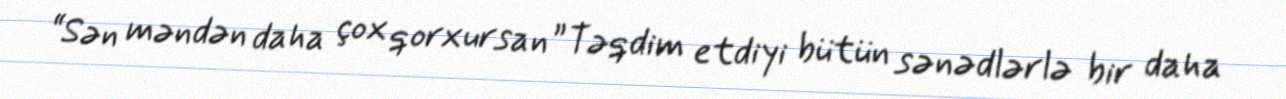
“Sən məndən daha çox qorxursan” Təqdim etdiyi bütün sənədlərlə bir daha